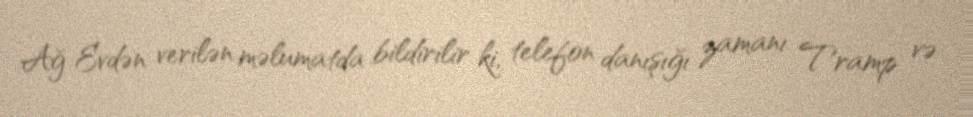
Ağ Evdən verilən məlumatda bildirilir ki, telefon danışığı zamanı Tramp və